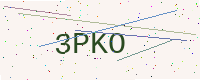
Text: 3PKO